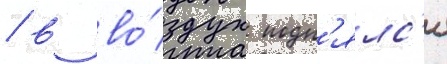
/ в во́здух подн'ялс'я